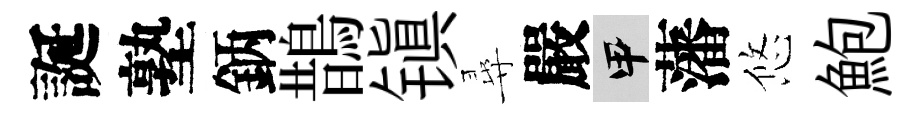
誕塾鈵鵲镇尋嚴甲藩悠鮑